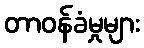
တာဝန်ခံမှုများ